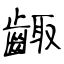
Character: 齱